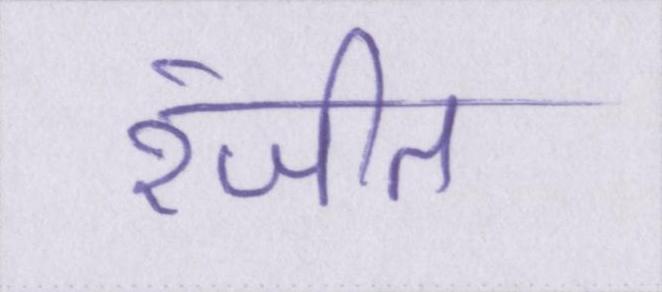
रंजीत